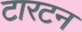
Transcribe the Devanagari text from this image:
टारटन